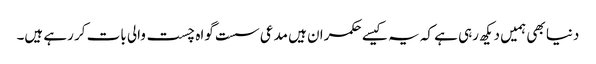
دنیا بھی ہمیں دیکھ رہی ہے کہ یہ کیسے حکمران ہیں مدعی سست گواہ چست والی بات کر رہے ہیں۔